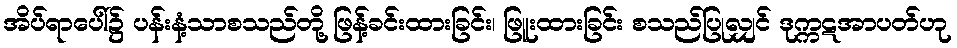
အိပ်ရာပေါ်၌ ပန်းနံ့သာစသည်တို့ ဖြန့်ခင်းထားခြင်း၊ ဖြူးထားခြင်း စသည်ပြုလျှင် ဒုက္ကဋအာပတ်ဟု